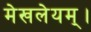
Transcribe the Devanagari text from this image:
मेखलेयम्।